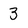
Character: 3